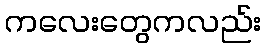
ကလေးတွေကလည်း